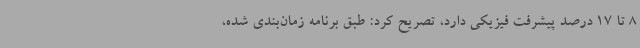
8 تا 17 درصد پیشرفت فیزیکی دارد، تصریح کرد: طبق برنامه زمان‌بندی شده،